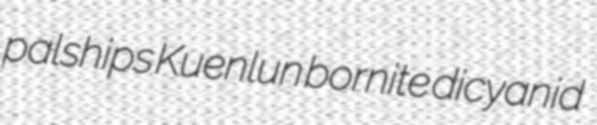
palships Kuenlun bornite dicyanid